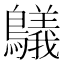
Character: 鸃